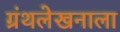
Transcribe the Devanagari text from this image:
ग्रंथलेखनाला